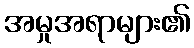
အမှုအရာများ၏